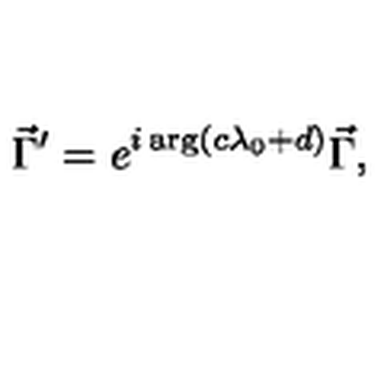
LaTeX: \vec { \Gamma } ^ { \prime } = e ^ { i \arg ( c \lambda _ { 0 } + d ) } \vec { \Gamma } ,